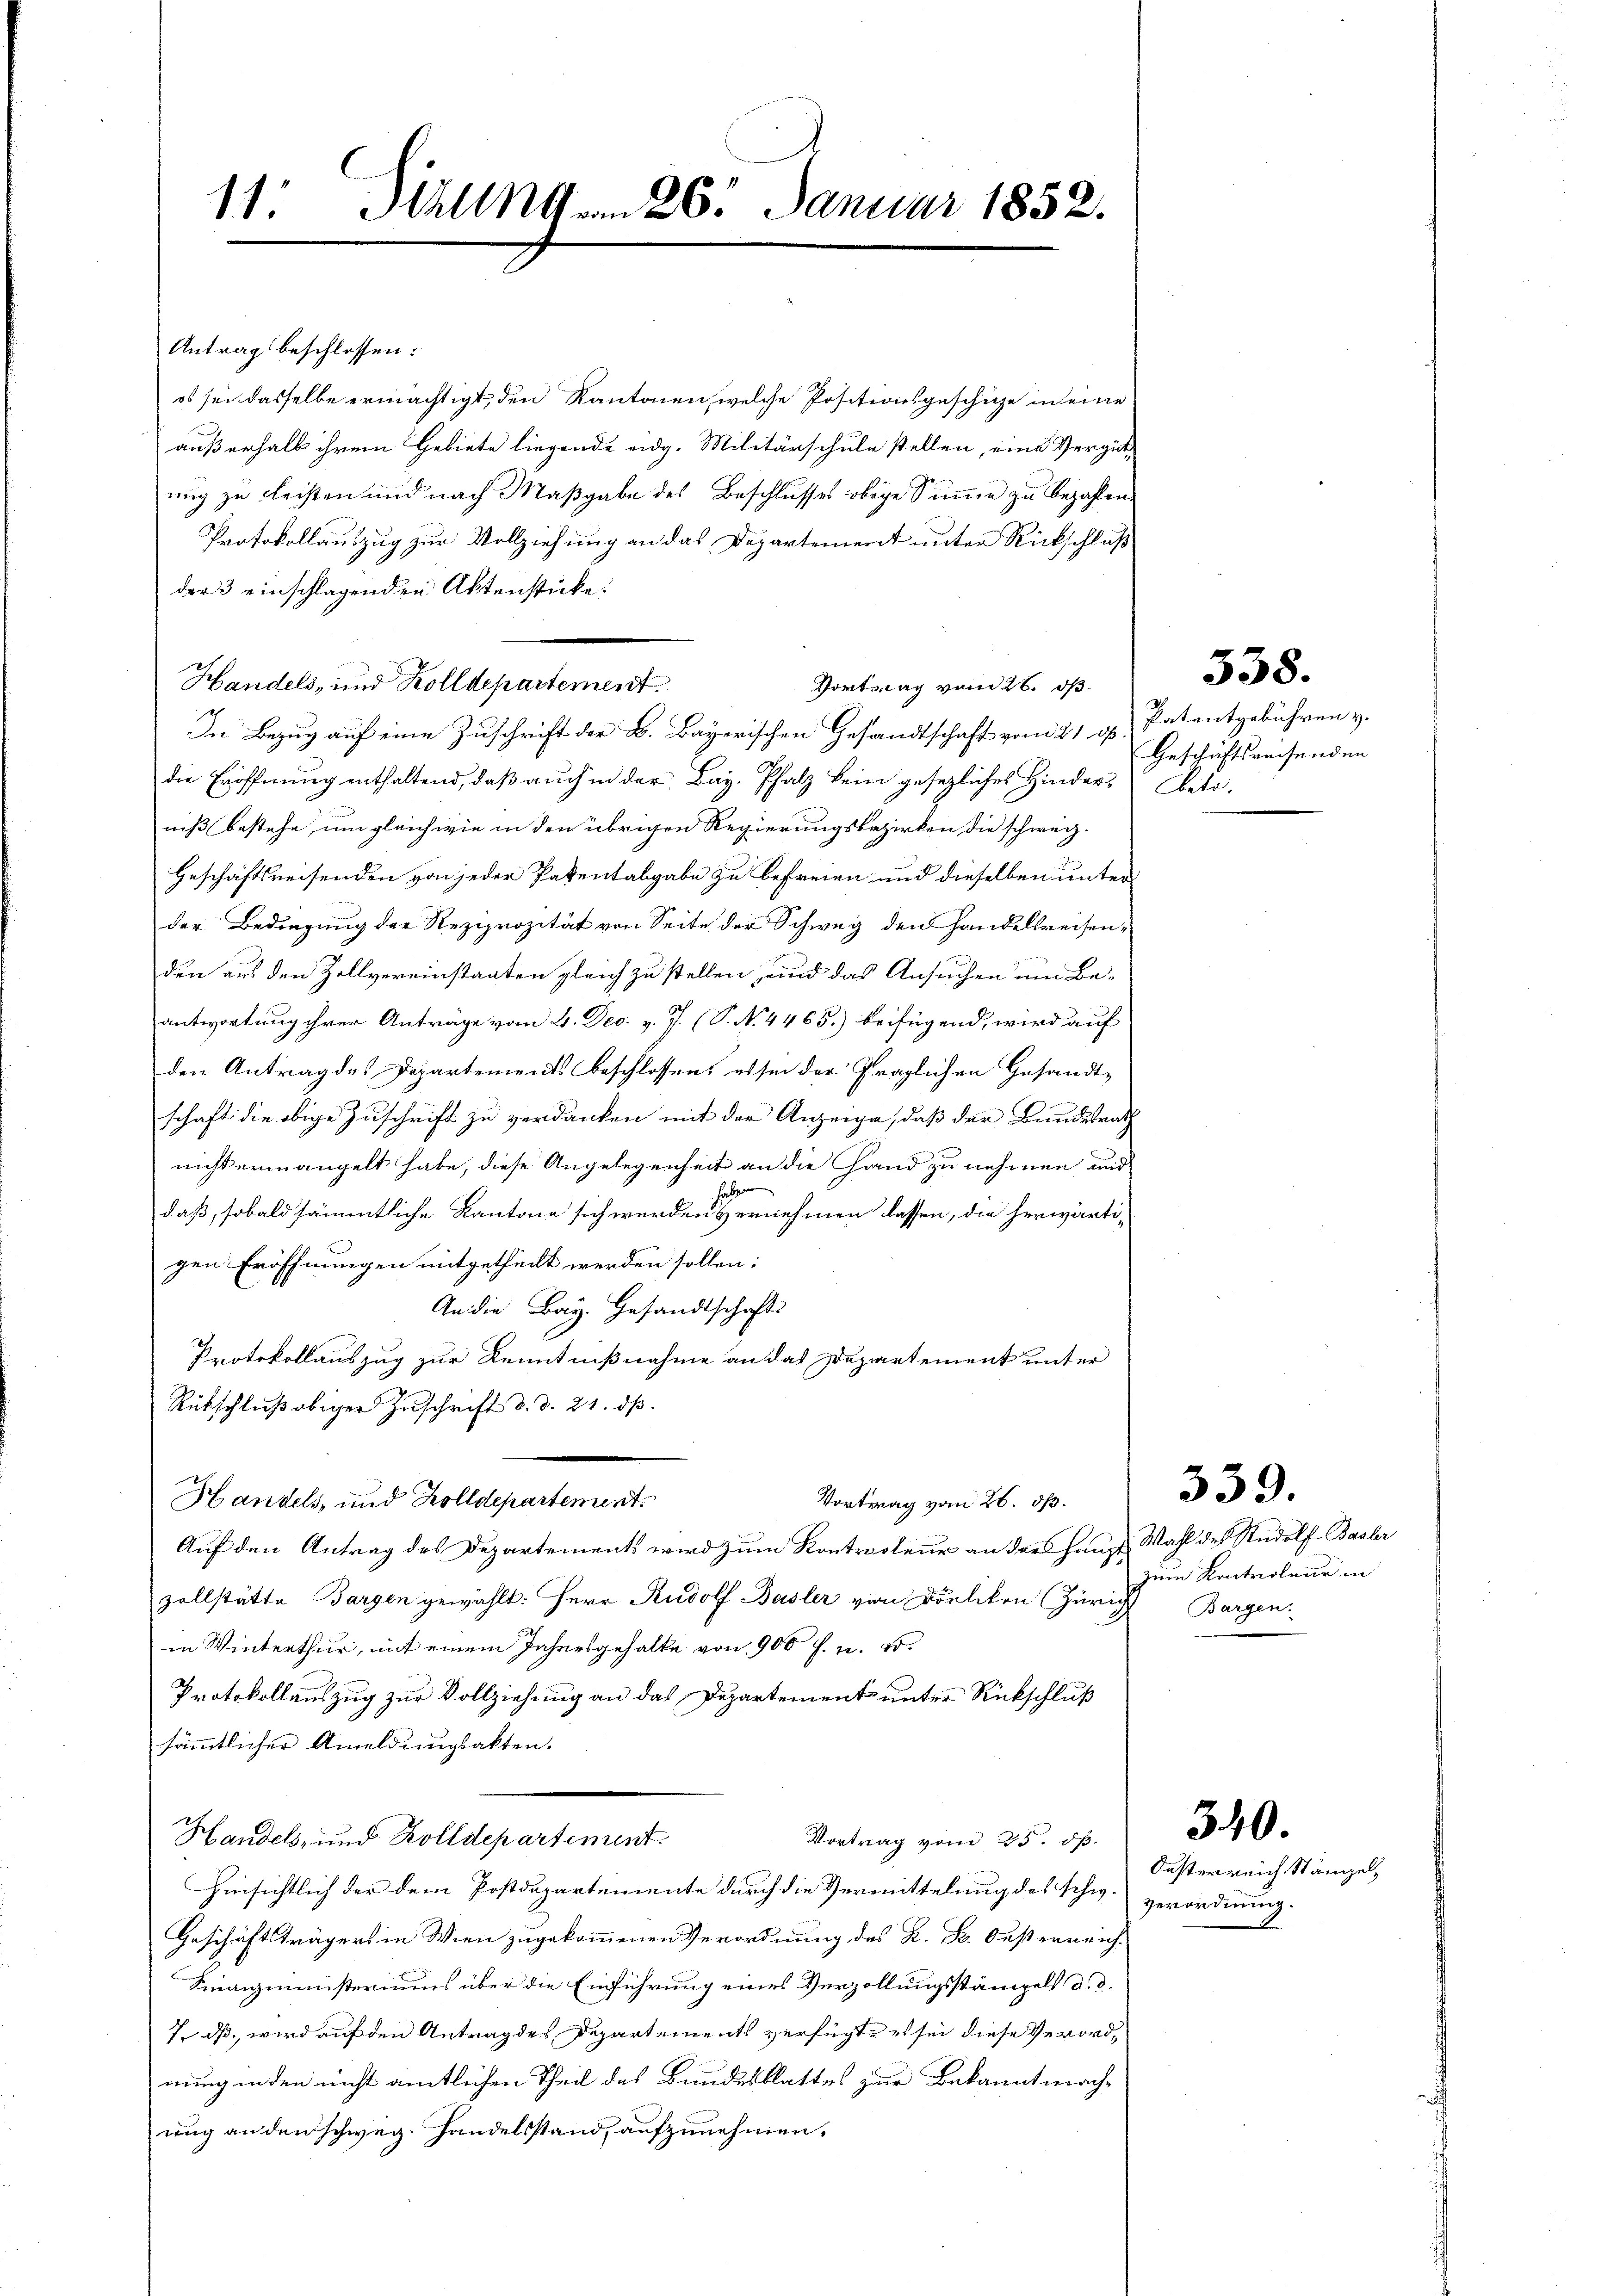
11. Müllng am 26. Januar 1852.

Antrag beschlossen:
es sei dasselbe ermächtigt, den Kantonen, welche Positionsgeschiche in eine
außerhalb ihrem Gebiete liegende eidg. Militärschule stellen, eine Vergüt
nig zu Leisten und nach Maßgabe des Beschlusses obige Summe zu bezahlen.
Protokollauszug zur Vollziehung an das Departement unter Rückschluß
der 3 einschlagenden Aktenstücke:
In Bezug auf eine Zuschrift der B. Bayerischen Gesandtschaft vom 21. ds. Patentgebühren v.
die Eröffnung enthaltend, daß auch in der Bay. Pfalz kein gesezliches Hinder-Obetr.
niß bestehe, um gleichwie in den übrigen Regierungsbezirken die schweiz.
Geschäftsreisenden von jeder Patentabgabe zu befreien und dieselben unter
der Bedingung der Reziprozität von Seite der Schweg den Handelsreisenden aus den Zollvereinstaaten gleich zu stellen, und das Ansuchen um Be-
antwortung ihrer Anträge vom 4. Dec. v. J. (T. N. 4465) beifügend, wird auf
den Antrag des Departements beschlossen, es sei der fraglichen Gesandt-
schaft die obige Zuschrift zu verdanken mit der Anzeige, daß der Bundesrath
nicht ermangelt habe, diese Angelegenheit an die Hand zu nehmen und

daß, sobald sämmtliche Kantone sich werden vernehmen lassen, die herwärtigen Eröffnungen mitgetheilt werden sollen:
An die Bay. Gesandtschafts
Protokollauszug zur Kenntnißnahme an das Departement unter
Rübschluß obiger Zuschrift d. d. 21. dß.
Handels, und Zolldepartement.
Vortrag vom 26. ds.
Auf den Antrag des Departements wird zum Kontracteur an die Haupt, Wahl des Rudolf Basler
zollstätte Bargen gewählt: Herr Rudolf Basler von Dorlikon Zürich Bargen-
in Winterthur, mit einem Jahresgehalte von 900 f. u. S.
Protokollauszug zur Vollziehung an das Departement unter Rückschluß
sämmtlicher Ameldungsakten.
Handels, und Kolldepartenunt
Vortrag vom 25. dß.
Hinsichtlich der dem Postdepartemente durch die Vermittelung des schw.
Geschäftsträgers in Wien zugekommenen Verordnung des K. K. Oesterreich¬
Sinaizministeriums über die Einführung eines Verzollungsstämpels d. d.
7. ds, wird auf den Antrag des Departements verfügt, es sei diese Verordnung in den nicht amtlichen Theil des Bundesblattes zur Bekanntmach-
ung an den schweg. Handelsstand, aufzunehmen.

Handels, und Zolldepartement

Vortrag vom 26. ds

Geschäftsreisenden

zum Kontroleur in

339.

538.

Ousterreich Stämpel,
Verordnung.

340.